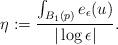
LaTeX: \begin{align*}\eta:=\frac{\int_{B_1(p)}e_{\epsilon}(u)}{|\log\epsilon|}.\end{align*}